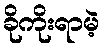
ခိုကိုးရာမဲ့